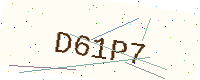
Text: D61P7